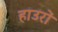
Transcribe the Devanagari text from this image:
हाउरों